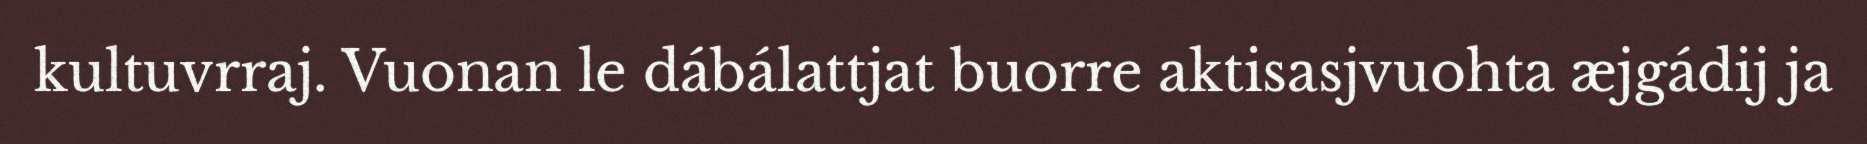
kultuvrraj. Vuonan le dábálattjat buorre aktisasjvuohta æjgádij ja